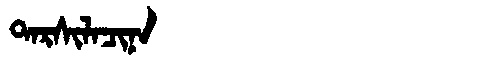
Manchu: ᡨᠠᡵᠰᡳᠯᠠᠴᡳᠨᠠ
Romanization: TARSILACINA